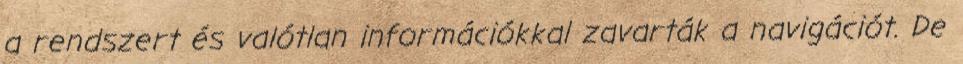
a rendszert és valótlan információkkal zavarták a navigációt. De